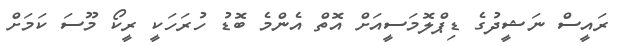
ރައީސް ނަޝީދުގެ ޑިޕްލޮމަސީއަށް އޮތް އެންމެ ބޮޑު ހުރަހަކީ ރީކޯ މޫސަ ކަމަށް